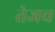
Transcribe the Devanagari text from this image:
तेजच